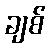
ချစ်